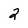
Character: 2